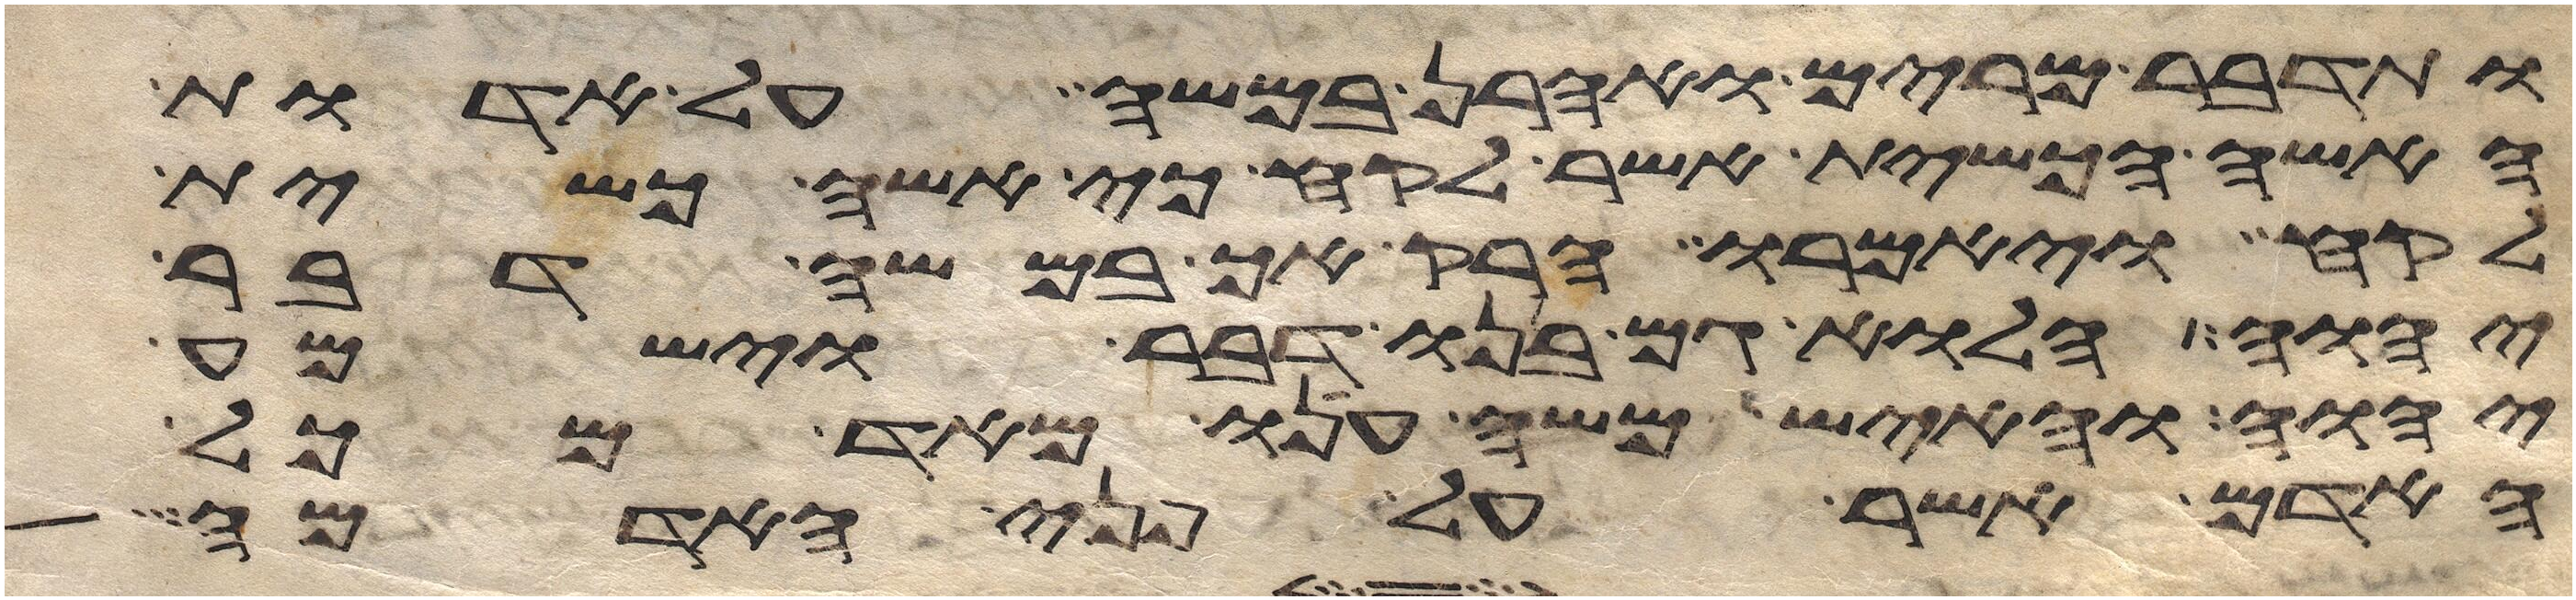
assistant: ותדבר מרים ואהרן במשה על אדות
האשה הכשית אשר לקח כי אשה כשית
לקח ויאמרו הרק אך במשה דבר
יהוה הלוא גם בנו דבר וישמע
יהוה והאיש משה ענו מאד מכל
האדם אשר על פני האדמה